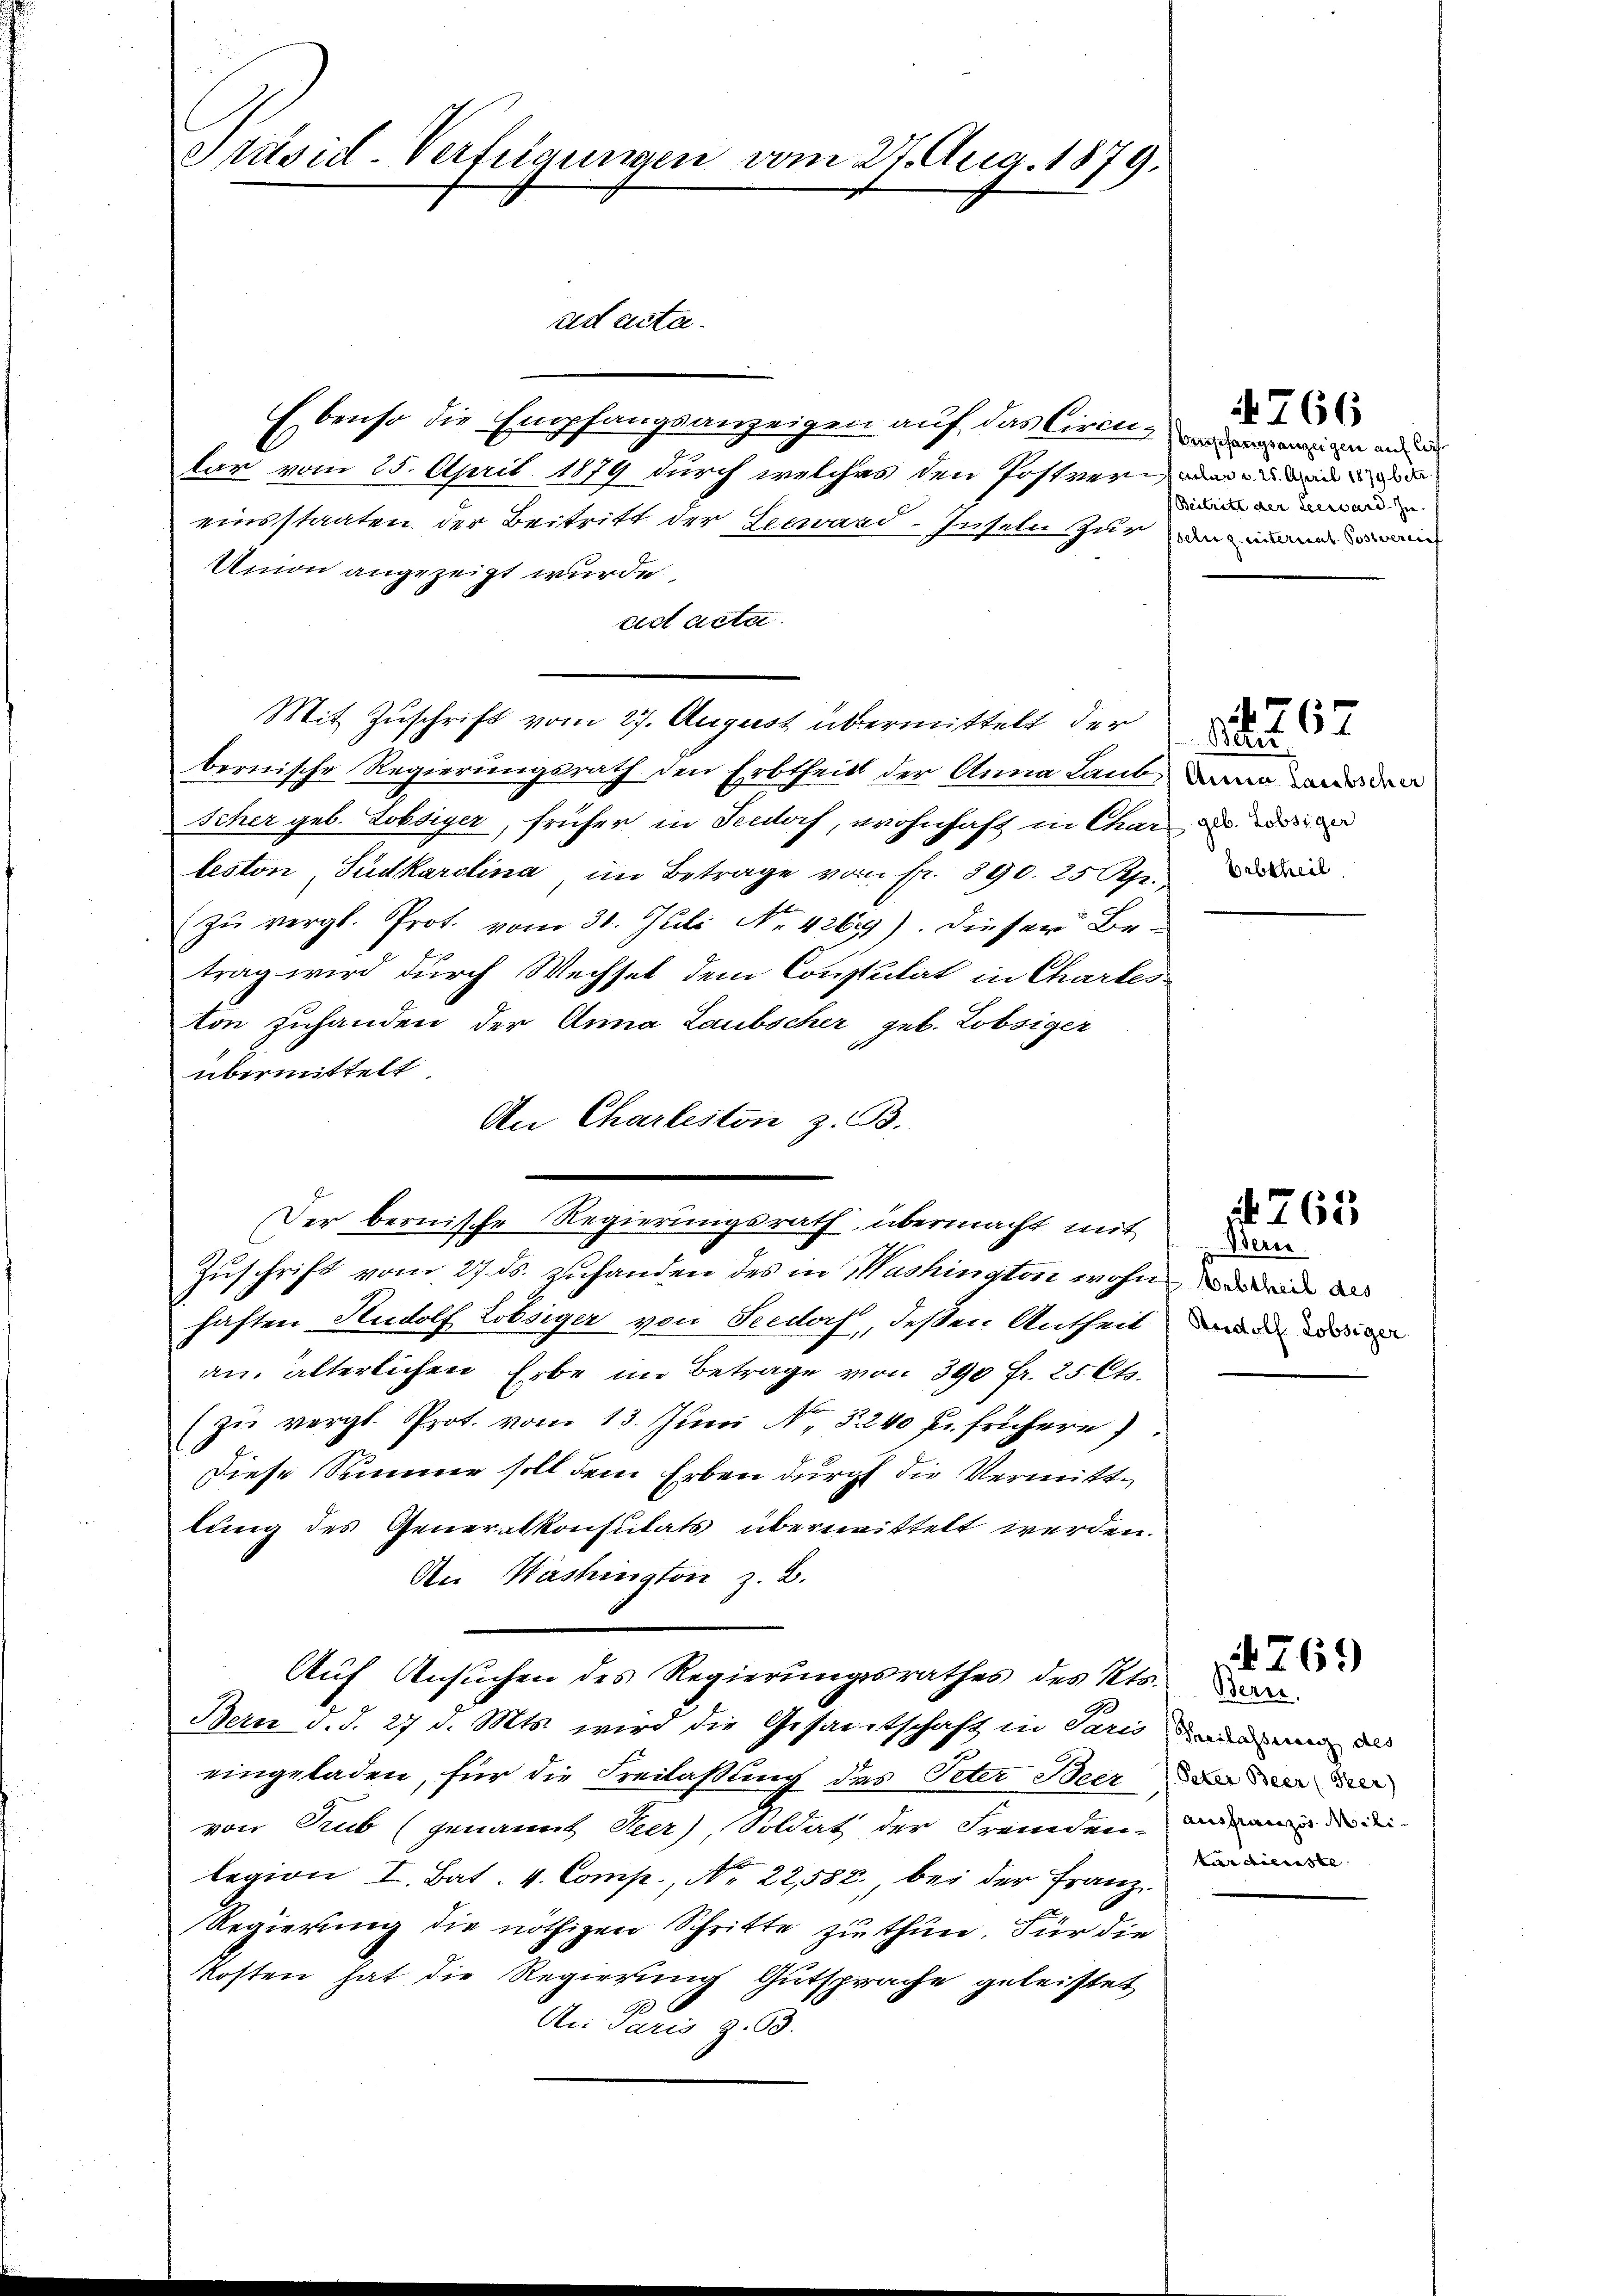
Präsid-Verfügungen vom 27. Aug. 1879.

sed acta.

Ebenso die Empfangsanzeigen auf das Circti, ein an
lar vom 25. April 1879 durch welches den Postver
einsstaaten der Beitritt der Legard-Inseln zur
Union angezeigt wurde.
cet acta
Mit Zuschrift vom 27. August übermittelt der
bernische Regierungsrath den Erbtheil der Anna Laut in den
Scher geb. Lobsiger, früher in Ferdorf, wohnhaft in Chara
leston, Südkarolina, im Betrage vom fr. 390. 25 Uhr. di
zu vergl. Prot. vom 31. Juli No 4269). Dieser Be-
trag wird durch Wechsel dem Constulat in Charteston Zuhanden der Anna Laubscher geb. Lobsiger
übermittelt
An Charliston z. B.
Der bernische Regierungsrath, übermacht mit
Zuschrift vom 27. ds. zuhanden des in Washington wohne d
haften Rudolf Zöbsiger von Seedorf, deßen Antheil
an älterlichen Erbe im Betrage von 390 Fr. 25 Cts.
(zŭ vergl. Prot. vom 13. Juni N. 5240 Fr. frühere
Diese Summe soll dem Erben durch die Vermittlung des Generalkonsulats übermittelt werden.
An Washington z. B.
Aŭf Ansŭchen des Regierŭngsrathes des Kts.
Bern d. d. 27 d. Mts. wird die Gesandtschaft in Paris au mir das
eingeladen, für die Freilaßung des Peter Beerde der
von Trub (genannt Heer), Soldat der Fremden-
legion I. Bat. 4. Comp., No. 22,588. bei der Franz.
Regierung die nöthigen Schritte zu thun. Für die
Kosten hat die Regierung Gutsprache geleistet
An Paris z. B.

Beitritt der Leemand zie

4766

Betu

4767

Bern.
Rudolf Lobsiger.

No. 265

ausfranzis Milikarastl

269